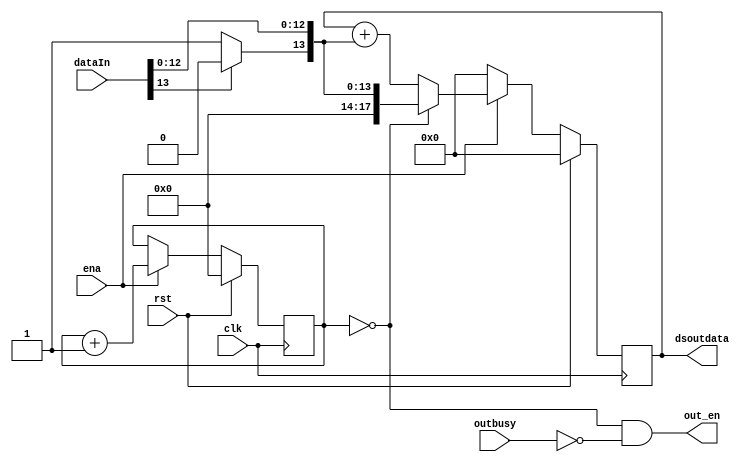
module DOWNSAMP#(
    parameter SAMPLE_RATE = 4, // sampling per 2^n data
    parameter DATA_WIDTH = 14
)
(
    input clk,
    input rst,
    input ena, 
    input signed[DATA_WIDTH-1:0] dataIn,
    output reg[DATA_WIDTH-1+SAMPLE_RATE:0] dsoutdata,
    output out_en,
    
    input outbusy
);
    assign out_en = (ds_counter == 0)&&(!outbusy);
    reg[SAMPLE_RATE-1:0] ds_counter;

    wire hbit; 
    wire[DATA_WIDTH-1:0] us_dataIn;
    assign hbit = (dataIn[DATA_WIDTH-1] == 1) ? 1'b0 : 1'b1;
    assign us_dataIn = { hbit, dataIn[DATA_WIDTH-2:0]};

    always @(posedge clk) begin
        if(rst)
            ds_counter <= 0;
        else if(ena)
            ds_counter <= ds_counter + 1; 
    end

    always @(posedge clk) begin
        if(rst)
            dsoutdata <= 0;
        else if(!ena)
            dsoutdata <= 0;
        else if(ds_counter == 0)
            dsoutdata <= us_dataIn;
        else 
            dsoutdata <= dsoutdata + us_dataIn;
    end

endmodule